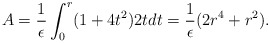
\begin{align*}A = {1\over \epsilon} \int_0^r (1 + 4 t^2) 2 t d t = {1\over \epsilon} (2 r^4 + r^2).\end{align*}